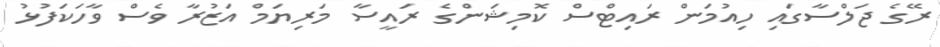
ރޭގެ ޖަލްސާގައި ހިއުމަން ރައިޓްސް ކޮމިޝަންގެ ރައީސާ މަރިޔަމް އަޒުރާ ވެސް ވާހަކަފުޅު